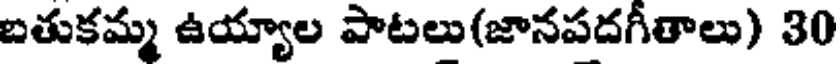
బతుకమ్మ ఉయ్యాల పాటలు(జానపదగీతాలు) 30